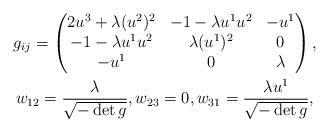
LaTeX: \begin{gather*}g_{ij}=\begin{pmatrix}2u^3+\lambda (u^2)^2 & -1-\lambda u^1 u^2 & -u^1 \\-1-\lambda u^1 u^2 & \lambda(u^1)^2 & 0 \\-u^1 & 0 & \lambda\end{pmatrix}, \\w_{12}=\frac{\lambda}{\sqrt{-\det g}},w_{23}=0,w_{31}=\frac{\lambda u^1}{\sqrt{-\det g}},\end{gather*}